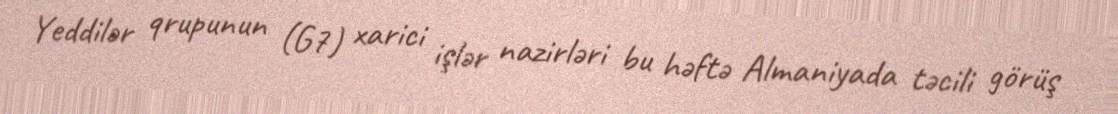
Yeddilər qrupunun (G7) xarici işlər nazirləri bu həftə Almaniyada təcili görüş